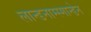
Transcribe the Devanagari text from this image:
लान्डनाम्स्मान्डेन